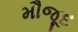
મૌજૂદ